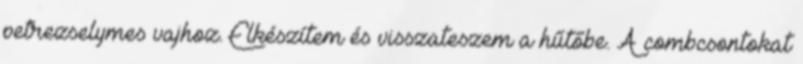
petrezselymes vajhoz. Elkészítem és visszateszem a hűtőbe. A combcsontokat